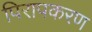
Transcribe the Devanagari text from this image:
पिरापकरण